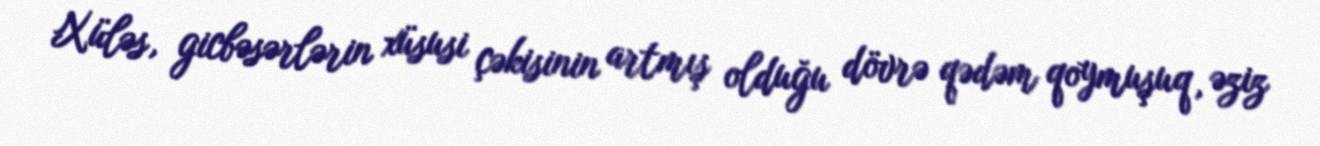
Xüləs, gicbəsərlərin xüsusi çəkisinin artmış olduğu dövrə qədəm qoymuşuq, əziz